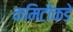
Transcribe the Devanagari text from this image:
कमिटीकडे